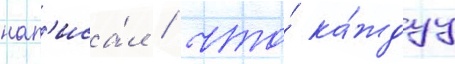
нап'иса́л / что́ ка́ждуу